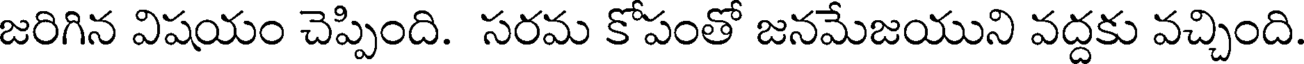
జరిగిన విషయం చెప్పింది. సరమ కోపంతో జనమేజయుని వద్దకు వచ్చింది